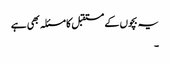
یہ بچوں کے مستقبل کا مسئلہ بھی ہے
۔